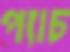
প্যাচ